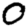
Digit: 0